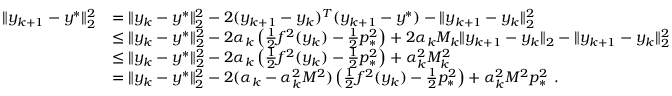
\begin{array} { r l } { \| y _ { k + 1 } - y ^ { * } \| _ { 2 } ^ { 2 } } & { = \| y _ { k } - y ^ { * } \| _ { 2 } ^ { 2 } - 2 ( y _ { k + 1 } - y _ { k } ) ^ { T } ( y _ { k + 1 } - y ^ { * } ) - \| y _ { k + 1 } - y _ { k } \| _ { 2 } ^ { 2 } } \\ & { \leq \| y _ { k } - y ^ { * } \| _ { 2 } ^ { 2 } - 2 \alpha _ { k } \left( \frac { 1 } { 2 } f ^ { 2 } ( y _ { k } ) - \frac { 1 } { 2 } p _ { * } ^ { 2 } \right) + 2 \alpha _ { k } M _ { k } \| y _ { k + 1 } - y _ { k } \| _ { 2 } - \| y _ { k + 1 } - y _ { k } \| _ { 2 } ^ { 2 } } \\ & { \leq \| y _ { k } - y ^ { * } \| _ { 2 } ^ { 2 } - 2 \alpha _ { k } \left( \frac { 1 } { 2 } f ^ { 2 } ( y _ { k } ) - \frac { 1 } { 2 } p _ { * } ^ { 2 } \right) + \alpha _ { k } ^ { 2 } M _ { k } ^ { 2 } } \\ & { = \| y _ { k } - y ^ { * } \| _ { 2 } ^ { 2 } - 2 ( \alpha _ { k } - \alpha _ { k } ^ { 2 } M ^ { 2 } ) \left( \frac { 1 } { 2 } f ^ { 2 } ( y _ { k } ) - \frac { 1 } { 2 } p _ { * } ^ { 2 } \right) + \alpha _ { k } ^ { 2 } M ^ { 2 } p _ { * } ^ { 2 } \ . } \end{array}